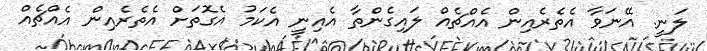
ލަނީ. އޭނަވާ އެތެރެއިން އެއްޗެއް ލައިގެންތާ އެއިނީ އެކަމު އެގޮތަށް އެތެރެއިން އެއްޗެއް